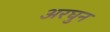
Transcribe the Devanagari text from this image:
अरघुन